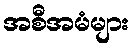
အစီအမံများ